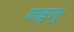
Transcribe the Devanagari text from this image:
जाङ्गलु